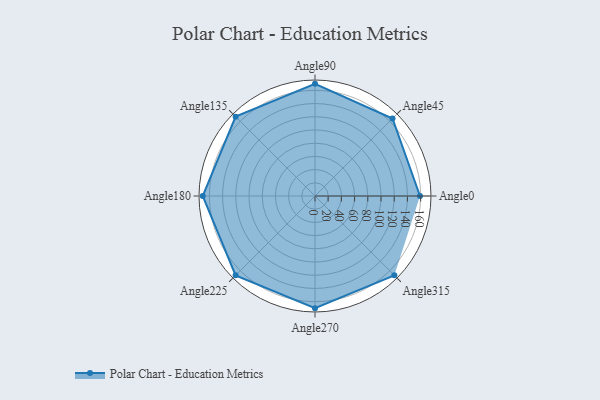
{"axis": {"x": "Angle", "y": "Radius"}, "legend": [""], "data": [{"x": "Angle0", "y": 159.0, "type": ""}, {"x": "Angle45", "y": 166.0, "type": ""}, {"x": "Angle90", "y": 170, "type": ""}, {"x": "Angle135", "y": 170, "type": ""}, {"x": "Angle180", "y": 170, "type": ""}, {"x": "Angle225", "y": 170, "type": ""}, {"x": "Angle270", "y": 170, "type": ""}, {"x": "Angle315", "y": 170.0, "type": ""}]}